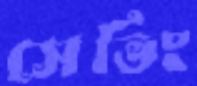
সেভিং